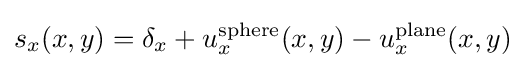
s_{x}(x,y)=\delta _{x}+u_{x}^{\text{sphere}}(x,y)-u_{x}^{\text{plane}}(x,y)